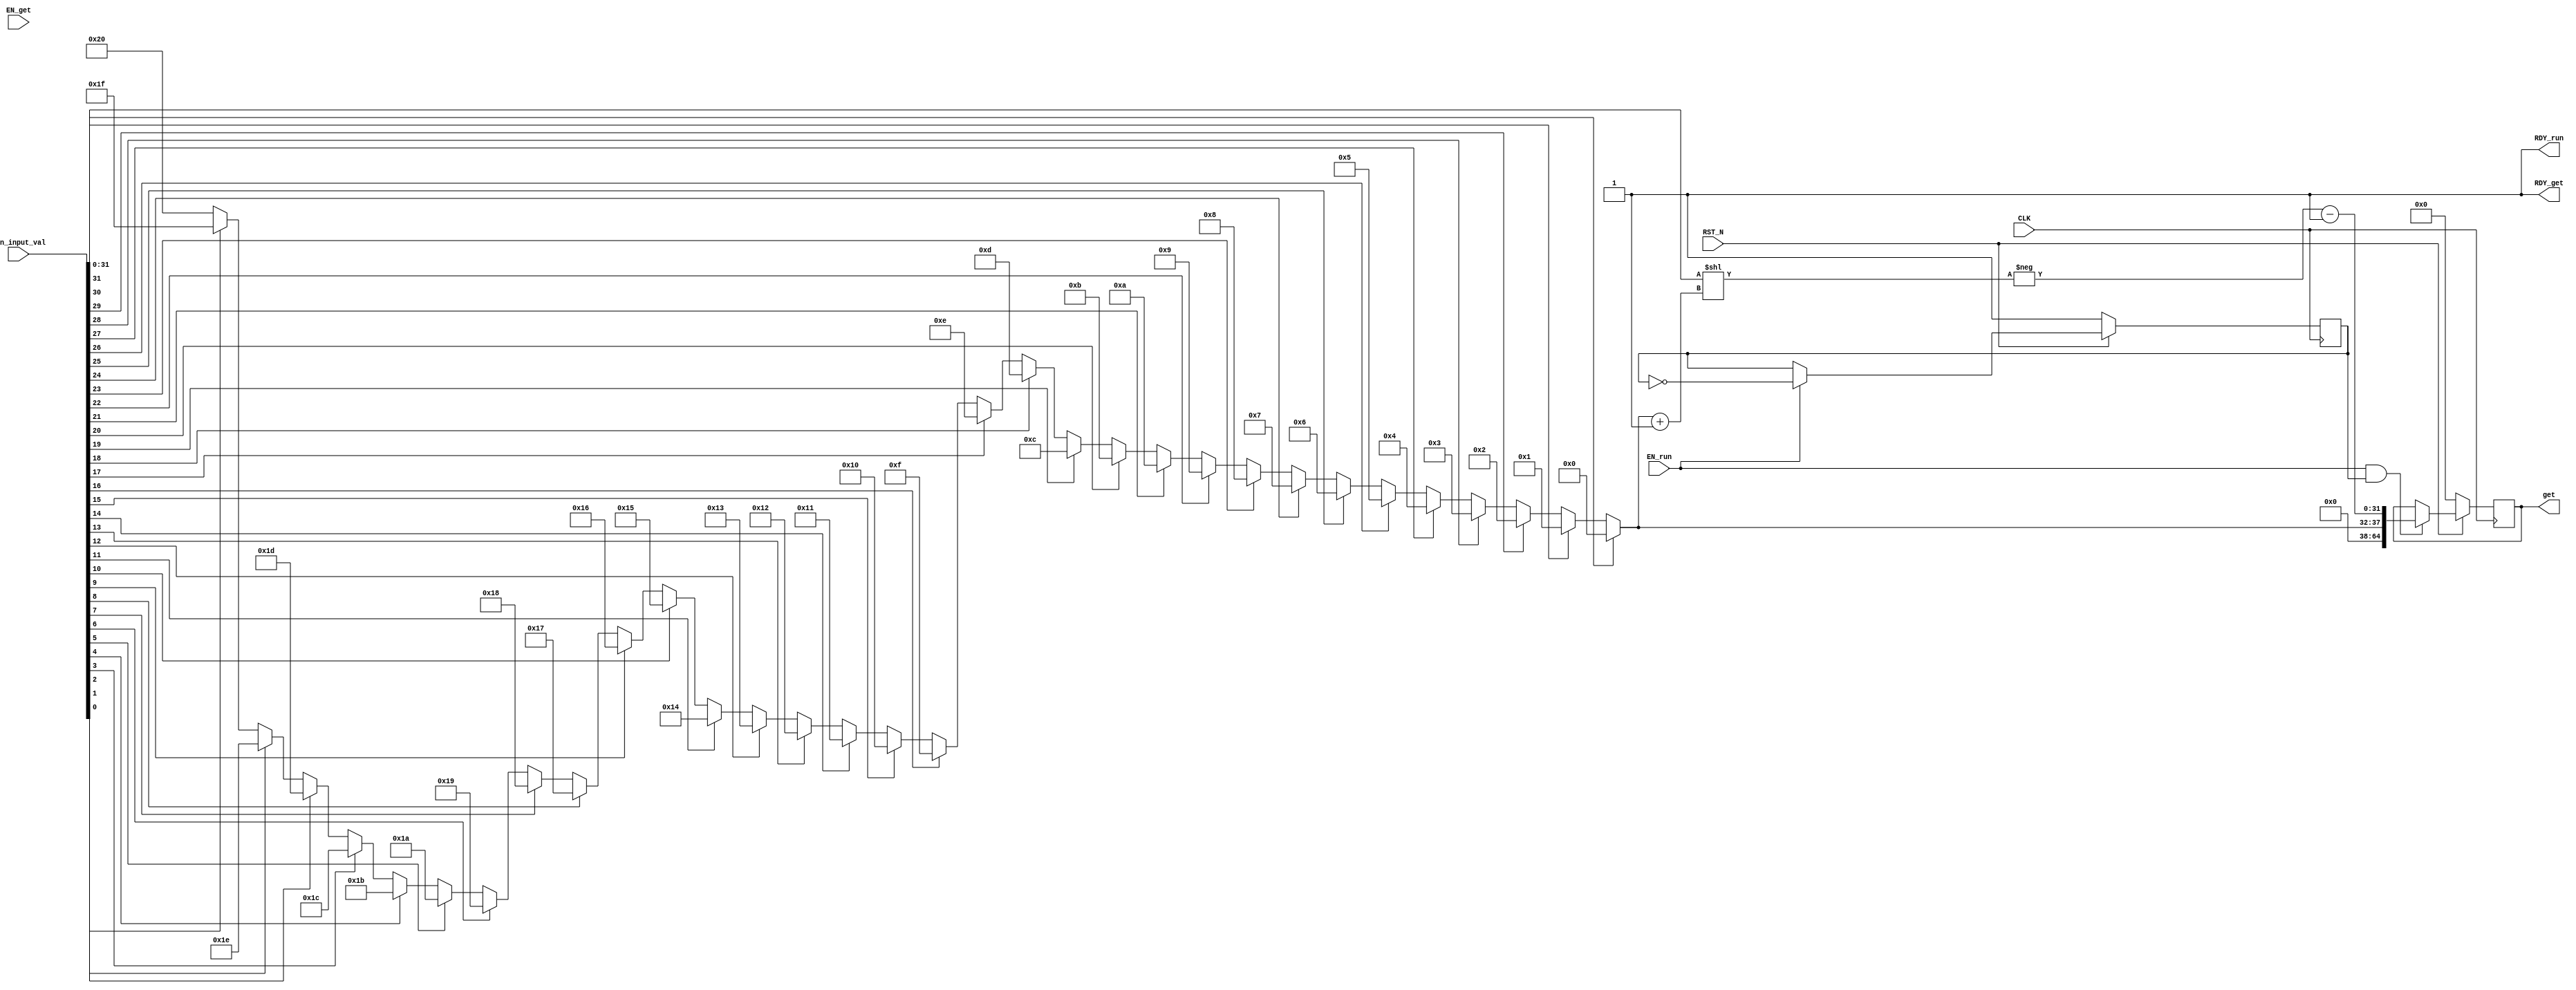
//
// Generated by Bluespec Compiler, version 2014.07.A (build 34078, 2014-07-30)
//
// On Wed Jul  4 22:01:57 -03 2018
//
//
// Ports:
// Name                         I/O  size props
// RDY_run                        O     1 const
// get                            O    65 reg
// RDY_get                        O     1 const
// CLK                            I     1 clock
// RST_N                          I     1 reset
// run_input_val                  I    65
// EN_run                         I     1
// EN_get                         I     1 unused
//
// No combinational paths from inputs to outputs
//
//

`ifdef BSV_ASSIGNMENT_DELAY
`else
  `define BSV_ASSIGNMENT_DELAY
`endif

`ifdef BSV_POSITIVE_RESET
  `define BSV_RESET_VALUE 1'b1
  `define BSV_RESET_EDGE posedge
`else
  `define BSV_RESET_VALUE 1'b0
  `define BSV_RESET_EDGE negedge
`endif

module mkLogTableFxdP(CLK,
		      RST_N,

		      run_input_val,
		      EN_run,
		      RDY_run,

		      EN_get,
		      get,
		      RDY_get);
  input  CLK;
  input  RST_N;

  // action method run
  input  [64 : 0] run_input_val;
  input  EN_run;
  output RDY_run;

  // actionvalue method get
  input  EN_get;
  output [64 : 0] get;
  output RDY_get;

  // signals for module outputs
  wire [64 : 0] get;
  wire RDY_get, RDY_run;

  // register cycle
  reg [31 : 0] cycle;
  wire [31 : 0] cycle$D_IN;
  wire cycle$EN;

  // register flag
  reg flag;
  wire flag$D_IN, flag$EN;

  // register result
  reg [64 : 0] result;
  wire [64 : 0] result$D_IN;
  wire result$EN;

  // register x
  reg [64 : 0] x;
  wire [64 : 0] x$D_IN;
  wire x$EN;

  // rule scheduling signals
  wire CAN_FIRE_get, CAN_FIRE_run, WILL_FIRE_get, WILL_FIRE_run;

  // remaining internal signals
  wire [32 : 0] x_i__h298;
  wire [31 : 0] fval__h297, x__h5642, x_f__h299;
  wire [5 : 0] IF_run_input_val_BIT_31_THEN_0_ELSE_IF_run_inp_ETC___d66,
	       x__h5673;

  // action method run
  assign RDY_run = 1'd1 ;
  assign CAN_FIRE_run = 1'd1 ;
  assign WILL_FIRE_run = EN_run ;

  // actionvalue method get
  assign get = result ;
  assign RDY_get = 1'd1 ;
  assign CAN_FIRE_get = 1'd1 ;
  assign WILL_FIRE_get = EN_get ;

  // register cycle
  assign cycle$D_IN = cycle + 32'd1 ;
  assign cycle$EN = EN_run && flag ;

  // register flag
  assign flag$D_IN = !flag ;
  assign flag$EN = EN_run ;

  // register result
  assign result$D_IN = { x_i__h298, x_f__h299 } ;
  assign result$EN = EN_run && flag ;

  // register x
  assign x$D_IN = 65'h0 ;
  assign x$EN = 1'b0 ;

  // remaining internal signals
  assign IF_run_input_val_BIT_31_THEN_0_ELSE_IF_run_inp_ETC___d66 =
	     run_input_val[31] ?
	       6'd0 :
	       (run_input_val[30] ?
		  6'd1 :
		  (run_input_val[29] ?
		     6'd2 :
		     (run_input_val[28] ?
			6'd3 :
			(run_input_val[27] ?
			   6'd4 :
			   (run_input_val[26] ?
			      6'd5 :
			      (run_input_val[25] ?
				 6'd6 :
				 (run_input_val[24] ?
				    6'd7 :
				    (run_input_val[23] ?
				       6'd8 :
				       (run_input_val[22] ?
					  6'd9 :
					  (run_input_val[21] ?
					     6'd10 :
					     (run_input_val[20] ?
						6'd11 :
						(run_input_val[19] ?
						   6'd12 :
						   (run_input_val[18] ?
						      6'd13 :
						      (run_input_val[17] ?
							 6'd14 :
							 (run_input_val[16] ?
							    6'd15 :
							    (run_input_val[15] ?
							       6'd16 :
							       (run_input_val[14] ?
								  6'd17 :
								  (run_input_val[13] ?
								     6'd18 :
								     (run_input_val[12] ?
									6'd19 :
									(run_input_val[11] ?
									   6'd20 :
									   (run_input_val[10] ?
									      6'd21 :
									      (run_input_val[9] ?
										 6'd22 :
										 (run_input_val[8] ?
										    6'd23 :
										    (run_input_val[7] ?
										       6'd24 :
										       (run_input_val[6] ?
											  6'd25 :
											  (run_input_val[5] ?
											     6'd26 :
											     (run_input_val[4] ?
												6'd27 :
												(run_input_val[3] ?
												   6'd28 :
												   (run_input_val[2] ?
												      6'd29 :
												      (run_input_val[1] ?
													 6'd30 :
													 (run_input_val[0] ?
													    6'd31 :
													    6'd32))))))))))))))))))))))))))))))) ;
  assign fval__h297 = run_input_val[31:0] << x__h5673 ;
  assign x__h5642 = -fval__h297 ;
  assign x__h5673 =
	     IF_run_input_val_BIT_31_THEN_0_ELSE_IF_run_inp_ETC___d66 + 6'd1 ;
  assign x_f__h299 = x__h5642 - 32'd1 ;
  assign x_i__h298 =
	     { 27'd0,
	       IF_run_input_val_BIT_31_THEN_0_ELSE_IF_run_inp_ETC___d66 } ;

  // handling of inlined registers

  always@(posedge CLK)
  begin
    if (RST_N == `BSV_RESET_VALUE)
      begin
        cycle <= `BSV_ASSIGNMENT_DELAY 32'd0;
	flag <= `BSV_ASSIGNMENT_DELAY 1'd1;
	result <= `BSV_ASSIGNMENT_DELAY 65'd0;
	x <= `BSV_ASSIGNMENT_DELAY 65'd0;
      end
    else
      begin
        if (cycle$EN) cycle <= `BSV_ASSIGNMENT_DELAY cycle$D_IN;
	if (flag$EN) flag <= `BSV_ASSIGNMENT_DELAY flag$D_IN;
	if (result$EN) result <= `BSV_ASSIGNMENT_DELAY result$D_IN;
	if (x$EN) x <= `BSV_ASSIGNMENT_DELAY x$D_IN;
      end
  end

  // synopsys translate_off
  `ifdef BSV_NO_INITIAL_BLOCKS
  `else // not BSV_NO_INITIAL_BLOCKS
  initial
  begin
    cycle = 32'hAAAAAAAA;
    flag = 1'h0;
    result = 65'h0AAAAAAAAAAAAAAAA;
    x = 65'h0AAAAAAAAAAAAAAAA;
  end
  `endif // BSV_NO_INITIAL_BLOCKS
  // synopsys translate_on
endmodule  // mkLogTableFxdP